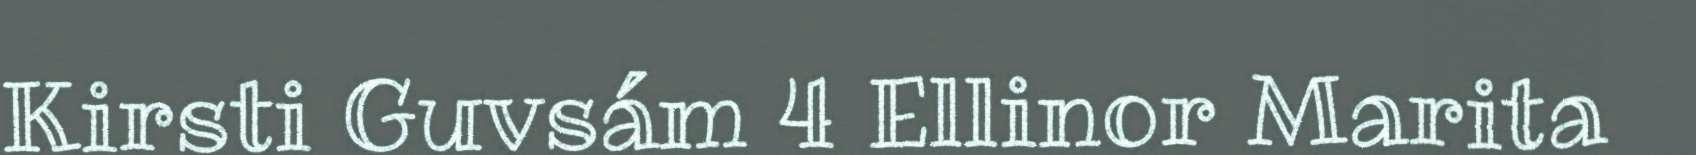
Kirsti Guvsám 4 Ellinor Marita